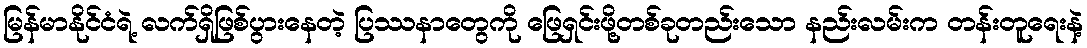
မြန်မာနိုင်ငံရဲ့ လက်ရှိဖြစ်ပွားနေတဲ့ ပြဿနာတွေကို ဖြေရှင်းဖို့တစ်ခုတည်းသော နည်းလမ်းက တန်းတူရေးနဲ့